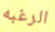
الرغبه